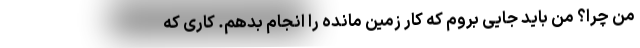
من چرا؟ من باید جایی بروم که کار زمین مانده را انجام بدهم. کاری که